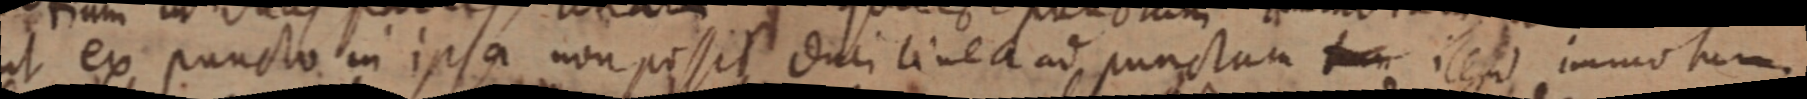
ut ex puncto in ipsa non possit duci linea ad punctum tum illud immotum